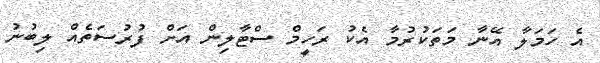
އެ ހަމަލާ އޭނާ މަތަކުރުމާ އެކު ރަހީމް ސްޓާލިން އަށް ފުރުސަތެއް ލިބުނު